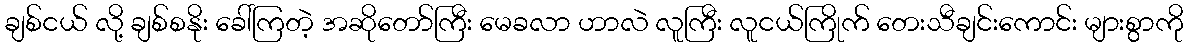
ချစ်ငယ် လို့ ချစ်စနိုး ခေါ်ကြတဲ့ အဆိုတော်ကြီး မေခလာ ဟာလဲ လူကြီး လူငယ်ကြိုက် တေးသီချင်းကောင်း များစွာကို